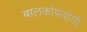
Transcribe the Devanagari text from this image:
बालकोपयोगी